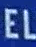
EL